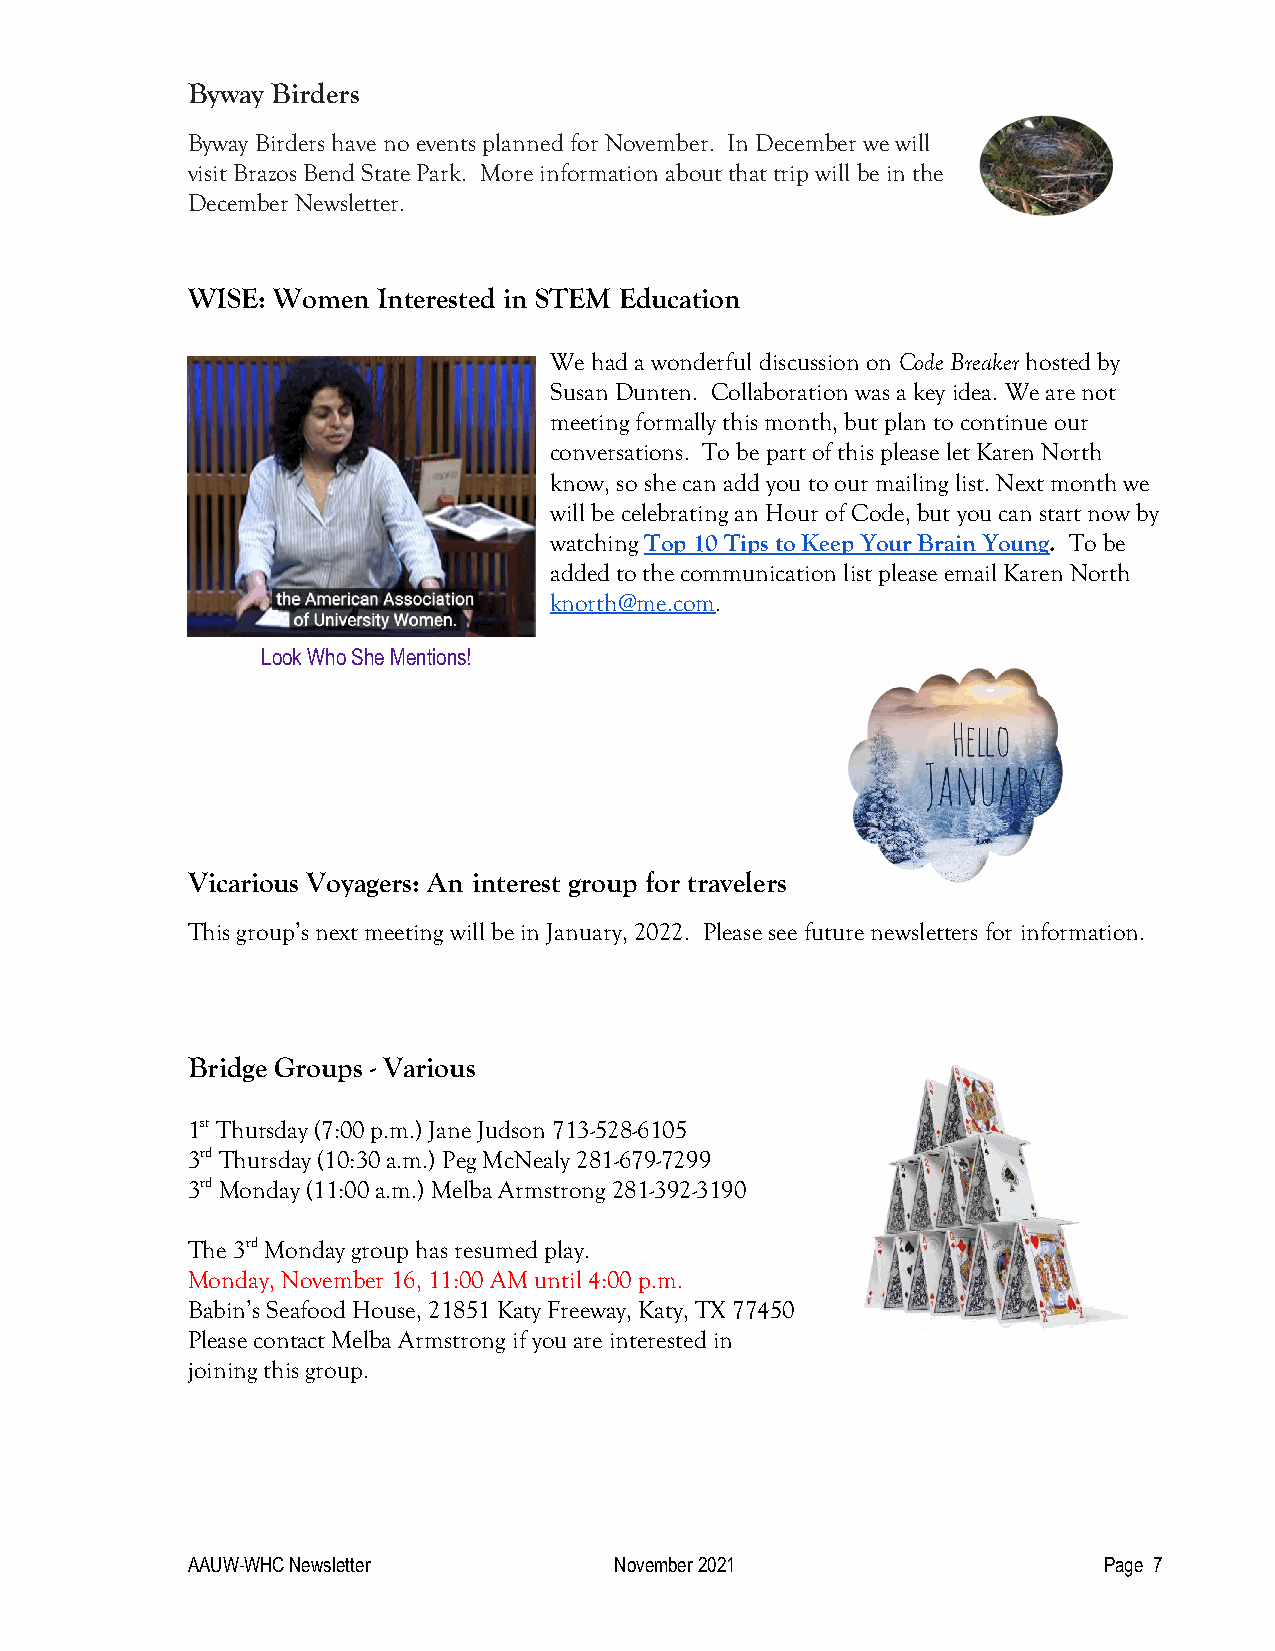
Byway Birders
 Byway Birders have no events planned for November. In December we will
 visit Brazos Bend State Park. More information about that trip will be in the
 December Newsletter.
 WISE: Women  Interested in STEM Education
 We had a wonderful discussion on Code Breaker hosted by
 Susan Dunten. Collaboration was a key idea. We are not
 meeting formally this month, but plan to continue our
 conversations. To be part of this please let Karen North
 know, so she can add you to our mailing list. Next month we
 will be celebrating an Hour of Code, but you can start now by
 watching Top 10 Tips to Keep Your Brain Young. To be
 added to the communication list please email Karen North
 knorth@me.com.
 Look Who She Mentions!
 Vicarious Voyagers: An interest group for travelers
 This group’s next meeting will be in January, 2022. Please see future newsletters for information.
 Bridge Groups - Various
 1st Thursday (7:00 p.m.) Jane Judson 713-528-6105
 3rd Thursday (10:30 a.m.) Peg McNealy 281-679-7299
 3rd Monday (11:00 a.m.) Melba Armstrong 281-392-3190
 The 3rd Monday group has resumed play.
 Monday, November 16, 11:00 AM until 4:00 p.m.
 Babin’s Seafood House, 21851 Katy Freeway, Katy, TX 77450
 Please contact Melba Armstrong if you are interested in
 joining this group.
 AAUW-WHC Newsletter          November 2021                   Page 7